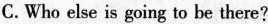
C.Who else is going to be there?